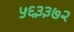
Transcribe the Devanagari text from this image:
५६३३७२